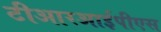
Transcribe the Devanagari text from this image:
टीआरआईपीएस